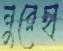
নুরেছা